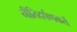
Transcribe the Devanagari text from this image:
नीतिदर्पणकर्ते